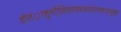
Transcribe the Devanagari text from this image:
शीतंाशुभौलिचरणब्जपरागमात्रभूषा